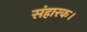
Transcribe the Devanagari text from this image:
संहारक।